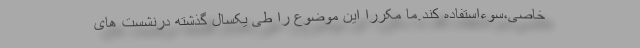
خاصی،سوءاستفاده کند.ما مکررا این موضوع را طی یکسال گذشته درنشست های